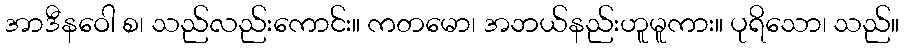
အာဒီနဝေါ စ၊ သည်လည်းကောင်း။ ကတမော၊ အဘယ်နည်းဟူမူကား။ ပုရိသော၊ သည်။